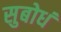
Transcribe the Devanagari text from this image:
सुबोधं